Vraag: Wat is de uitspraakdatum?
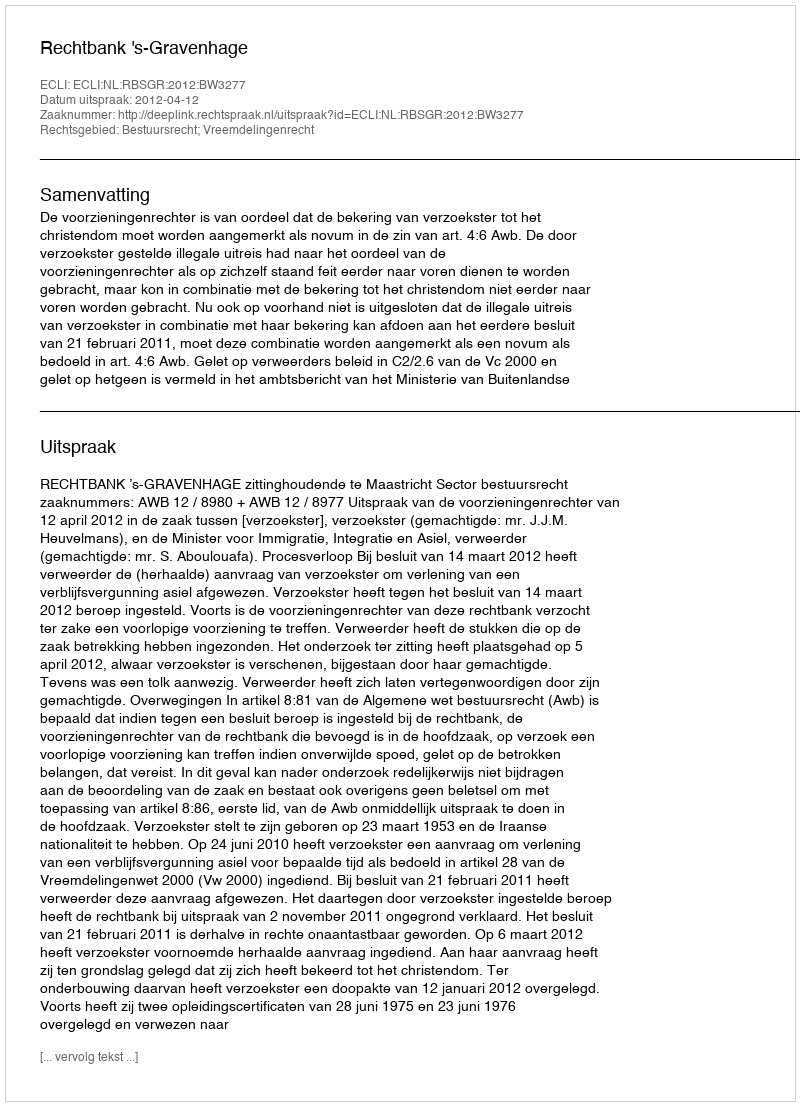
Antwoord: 2012-04-12